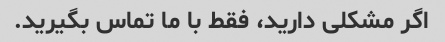
اگر مشکلی دارید، فقط با ما تماس بگیرید.